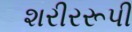
શરીરરૂપી